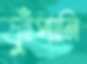
ফুঁপানি